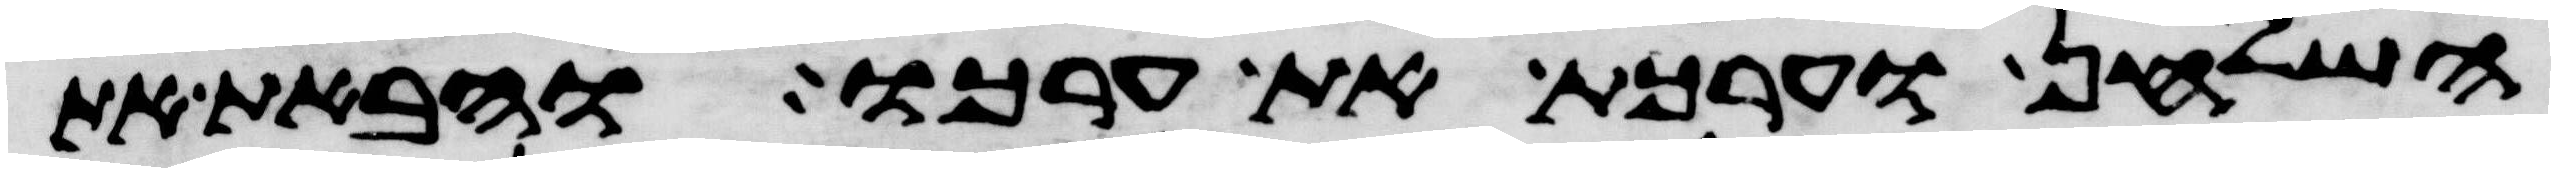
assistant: השלחן וערכת את ערכו והבאת את